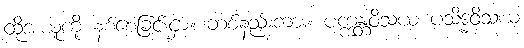
ထိုအယူကို နစ်စေခြင်းငှာ။ တစ်နည်းကား။ ပက္ကန္တဝိသယ ပသိဒ္ဓဝိသယ